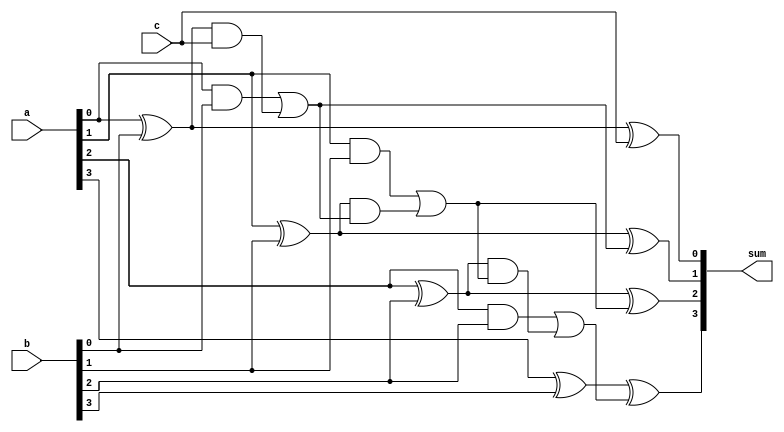
module cla4bit (a, b, c, sum);
	input [3:0] a, b;
	input c;
	output [3:0] sum;
  	wire [3:0] carry;
  	wire [3:0] gi, pi;
	
	assign pi[0] = a[0] ^ b[0];
	assign pi[1] = a[1] ^ b[1];
	assign pi[2] = a[2] ^ b[2];
	assign pi[3] = a[3] ^ b[3];

	assign gi[0] = a[0] & b[0];
	assign gi[1] = a[1] & b[1];   
	assign gi[2] = a[2] & b[2];   
	assign gi[3] = a[3] & b[3];   
	
	assign carry[0] = c;
	assign carry[1] = gi[0] | (pi[0] & carry[0]);
	assign carry[2] = gi[1] | (pi[1] & carry[1]);
	assign carry[3] = gi[2] | (pi[2] & carry[2]);

	assign sum[0] = pi[0] ^ carry[0];
	assign sum[1] = pi[1] ^ carry[1];
	assign sum[2] = pi[2] ^ carry[2];
	assign sum[3] = pi[3] ^ carry[3]; 

endmodule

module cla16bit(a, b, c, s_out, c_out);
	input [15:0] a ,b;
	input c;
	output [15:0] s_out;
	output c_out;
	wire [15:0] carry;
	
	assign carry[0] = c;
	assign carry[1] = (a[0] & b[0]) | ((a[0] ^ b[0]) & carry[0]);
	assign carry[2] = (a[1] & b[1]) | ((a[1] ^ b[1]) & carry[1]);
	assign carry[3] = (a[2] & b[2]) | ((a[2] ^ b[2]) & carry[2]);
	assign carry[4] = (a[3] & b[3]) | ((a[3] ^ b[3]) & carry[3]);
	assign carry[5] = (a[4] & b[4]) | ((a[4] ^ b[4]) & carry[4]);
	assign carry[6] = (a[5] & b[5]) | ((a[5] ^ b[5]) & carry[5]);
	assign carry[7] = (a[6] & b[6]) | ((a[6] ^ b[6]) & carry[6]);
	assign carry[8] = (a[7] & b[7]) | ((a[7] ^ b[7]) & carry[7]);
	assign carry[9] = (a[8] & b[8]) | ((a[8] ^ b[8]) & carry[8]);
	assign carry[10] = (a[9] & b[9]) | ((a[9] ^ b[9]) & carry[9]);
	assign carry[11] = (a[10] & b[10]) | ((a[10] ^ b[10]) & carry[10]);
	assign carry[12] = (a[11] & b[11]) | ((a[11] ^ b[11]) & carry[11]);
	assign carry[13] = (a[12] & b[12]) | ((a[12] ^ b[12]) & carry[12]);
	assign carry[14] = (a[13] & b[13]) | ((a[13] ^ b[13]) & carry[13]);
	assign carry[15] = (a[14] & b[14]) | ((a[14] ^ b[14]) & carry[14]);
	assign c_out = (a[15] & b[15]) | ((a[15] ^ b[15]) & carry[15]);

	cla4bit cla1(a[3:0], b[3:0], carry[0], s_out[3:0]);
	cla4bit cla2(a[7:4], b[7:4], carry[4], s_out[7:4]);
	cla4bit cla3(a[11:8], b[11:8], carry[8], s_out[11:8]);
	cla4bit cla4(a[15:12], b[15:12], carry[12], s_out[15:12]);
endmodule